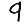
Digit: 9